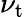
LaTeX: \nu_{\mathrm{t}}